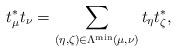
LaTeX: \begin{align*}t^*_\mu t_\nu =\sum_{(\eta,\zeta)\in\Lambda^{\min}(\mu,\nu)}t_\eta t^*_\zeta,\end{align*}